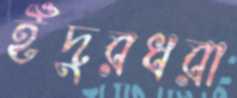
ইঁদুরধরা